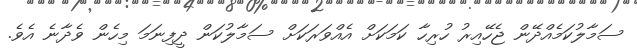
ސަމާލުކަމެއްދޭން ޖެހޭއިރު ހުރިހާ ކަމަކަށް އެއްވަރަކަށް ސަމާލުކަން ދީފިނަމަ މިހެން ވެދާނެ އެވެ.